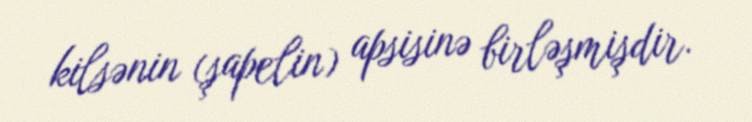
kilsənin (şapelin) apsisinə birləşmişdir.